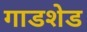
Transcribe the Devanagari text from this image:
गाडशेड